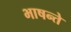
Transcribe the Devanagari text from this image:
भाषन्ते